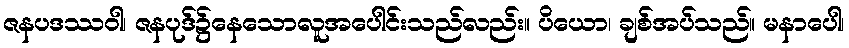
ဇနပဒဿဝါ၊ ဇနပုဒ်၌နေသောလူအပေါင်းသည်လည်း။ ပိယော၊ ချစ်အပ်သည်။ မနာပေါ၊